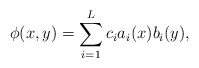
\begin{align*}\phi(x,y)=\sum_{i=1}^L c_i a_i(x)b_i(y),\end{align*}